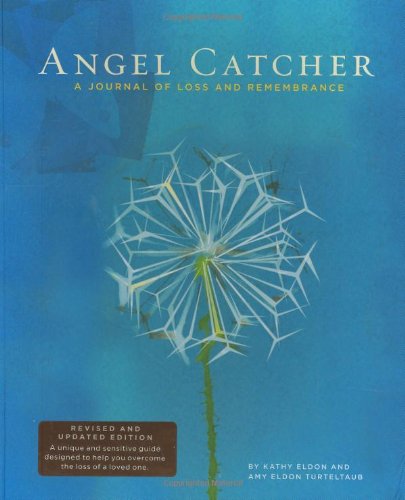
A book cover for Angel Catcher: A Journal of Loss and Remembrance; Kathy Eldon; Self-Help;